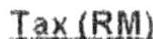
TAX(RM)